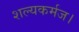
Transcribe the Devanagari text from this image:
शल्यकर्मज।